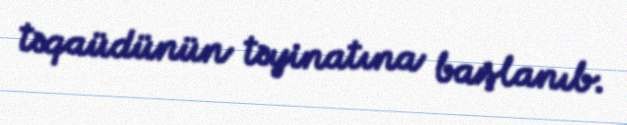
təqaüdünün təyinatına başlanıb.